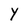
Character: Y